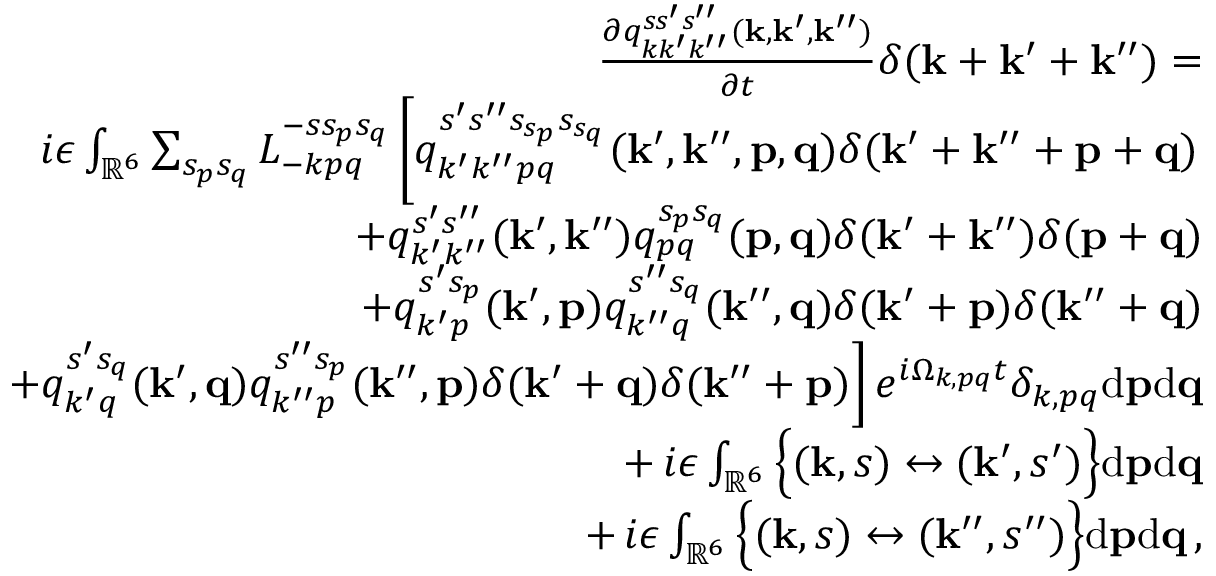
\begin{array} { r l r } & { } & { \frac { \partial q _ { k k ^ { \prime } k ^ { \prime \prime } } ^ { s s ^ { \prime } s ^ { \prime \prime } } ( { \bf k } , { \bf k } ^ { \prime } , { \bf k } ^ { \prime \prime } ) } { \partial t } \delta ( { \bf k } + { \bf k } ^ { \prime } + { \bf k } ^ { \prime \prime } ) = } \\ & { } & { i \epsilon \int _ { { \mathbb { R } } ^ { 6 } } \sum _ { s _ { p } s _ { q } } L _ { - k p q } ^ { - s s _ { p } s _ { q } } \left[ q _ { k ^ { \prime } k ^ { \prime \prime } p q } ^ { s ^ { \prime } s ^ { \prime \prime } s _ { s _ { p } } s _ { s _ { q } } } ( { \bf k } ^ { \prime } , { \bf k } ^ { \prime \prime } , { \bf p } , { \bf q } ) \delta ( { \bf k } ^ { \prime } + { \bf k } ^ { \prime \prime } + { \bf p } + { \bf q } ) \right. } \\ & { } & { + q _ { k ^ { \prime } k ^ { \prime \prime } } ^ { s ^ { \prime } s ^ { \prime \prime } } ( { \bf k } ^ { \prime } , { \bf k } ^ { \prime \prime } ) q _ { p q } ^ { s _ { p } s _ { q } } ( { \bf p } , { \bf q } ) \delta ( { \bf k } ^ { \prime } + { \bf k } ^ { \prime \prime } ) \delta ( { \bf p } + { \bf q } ) } \\ & { } & { + q _ { k ^ { \prime } p } ^ { s ^ { \prime } s _ { p } } ( { \bf k } ^ { \prime } , { \bf p } ) q _ { k ^ { \prime \prime } q } ^ { s ^ { \prime \prime } s _ { q } } ( { \bf k } ^ { \prime \prime } , { \bf q } ) \delta ( { \bf k } ^ { \prime } + { \bf p } ) \delta ( { \bf k } ^ { \prime \prime } + { \bf q } ) } \\ & { } & { \left. + q _ { k ^ { \prime } q } ^ { s ^ { \prime } s _ { q } } ( { \bf k } ^ { \prime } , { \bf q } ) q _ { k ^ { \prime \prime } p } ^ { s ^ { \prime \prime } s _ { p } } ( { \bf k } ^ { \prime \prime } , { \bf p } ) \delta ( { \bf k } ^ { \prime } + { \bf q } ) \delta ( { \bf k } ^ { \prime \prime } + { \bf p } ) \right] e ^ { i \Omega _ { k , p q } t } \delta _ { k , p q } \mathrm { d } { \bf p } \mathrm { d } { \bf q } } \\ & { } & { + \, i \epsilon \int _ { { \mathbb { R } } ^ { 6 } } \Big \{ ( { \bf k } , s ) \leftrightarrow ( { \bf k } ^ { \prime } , s ^ { \prime } ) \Big \} \mathrm { d } { \bf p } \mathrm { d } { \bf q } } \\ & { } & { + \, i \epsilon \int _ { { \mathbb { R } } ^ { 6 } } \Big \{ ( { \bf k } , s ) \leftrightarrow ( { \bf k } ^ { \prime \prime } , s ^ { \prime \prime } ) \Big \} \mathrm { d } { \bf p } \mathrm { d } { \bf q } \, , } \end{array}